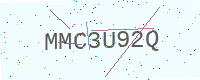
Text: MMC3U92Q